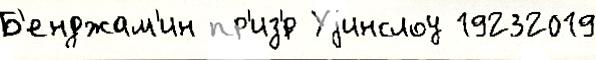
Б'енджам'ин пр'из'́р Уjинслоу 19232019